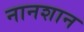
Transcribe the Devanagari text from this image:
नानशान